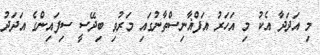
މި އަދަދާ އެކު މި އަހަރު އަފްޣާނިސްތާނުގައި މަރުވި ބިދޭސީ ސިފައިންގެ އަދަދު